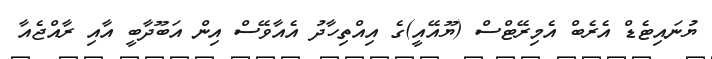
ޔުނައިޓެޑް އެރެބް އެމިރޭޓްސް (ޔޫއޭއީ)ގެ އިއްތިހާދު އެއާވޭސް އިން އަބޫދާބީ އާއި ރާއްޖެއާ